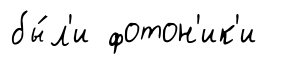
бы́л'и фотон'ик'и